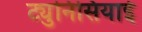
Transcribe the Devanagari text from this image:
ट्युनिसियाई